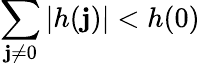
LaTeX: \sum_{\mathbf{j}\neq0}\left|h(\mathbf{j})\right|<h(0)